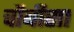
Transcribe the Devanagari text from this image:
चौबीसा